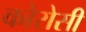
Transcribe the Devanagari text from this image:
कोरोसी